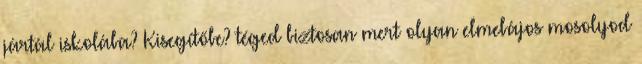
jártál iskolába? Kisegítőbe? téged biztosan mert olyan elmebájos mosolyod